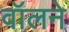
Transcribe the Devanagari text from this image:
वॉलने